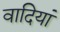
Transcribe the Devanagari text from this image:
वादियां